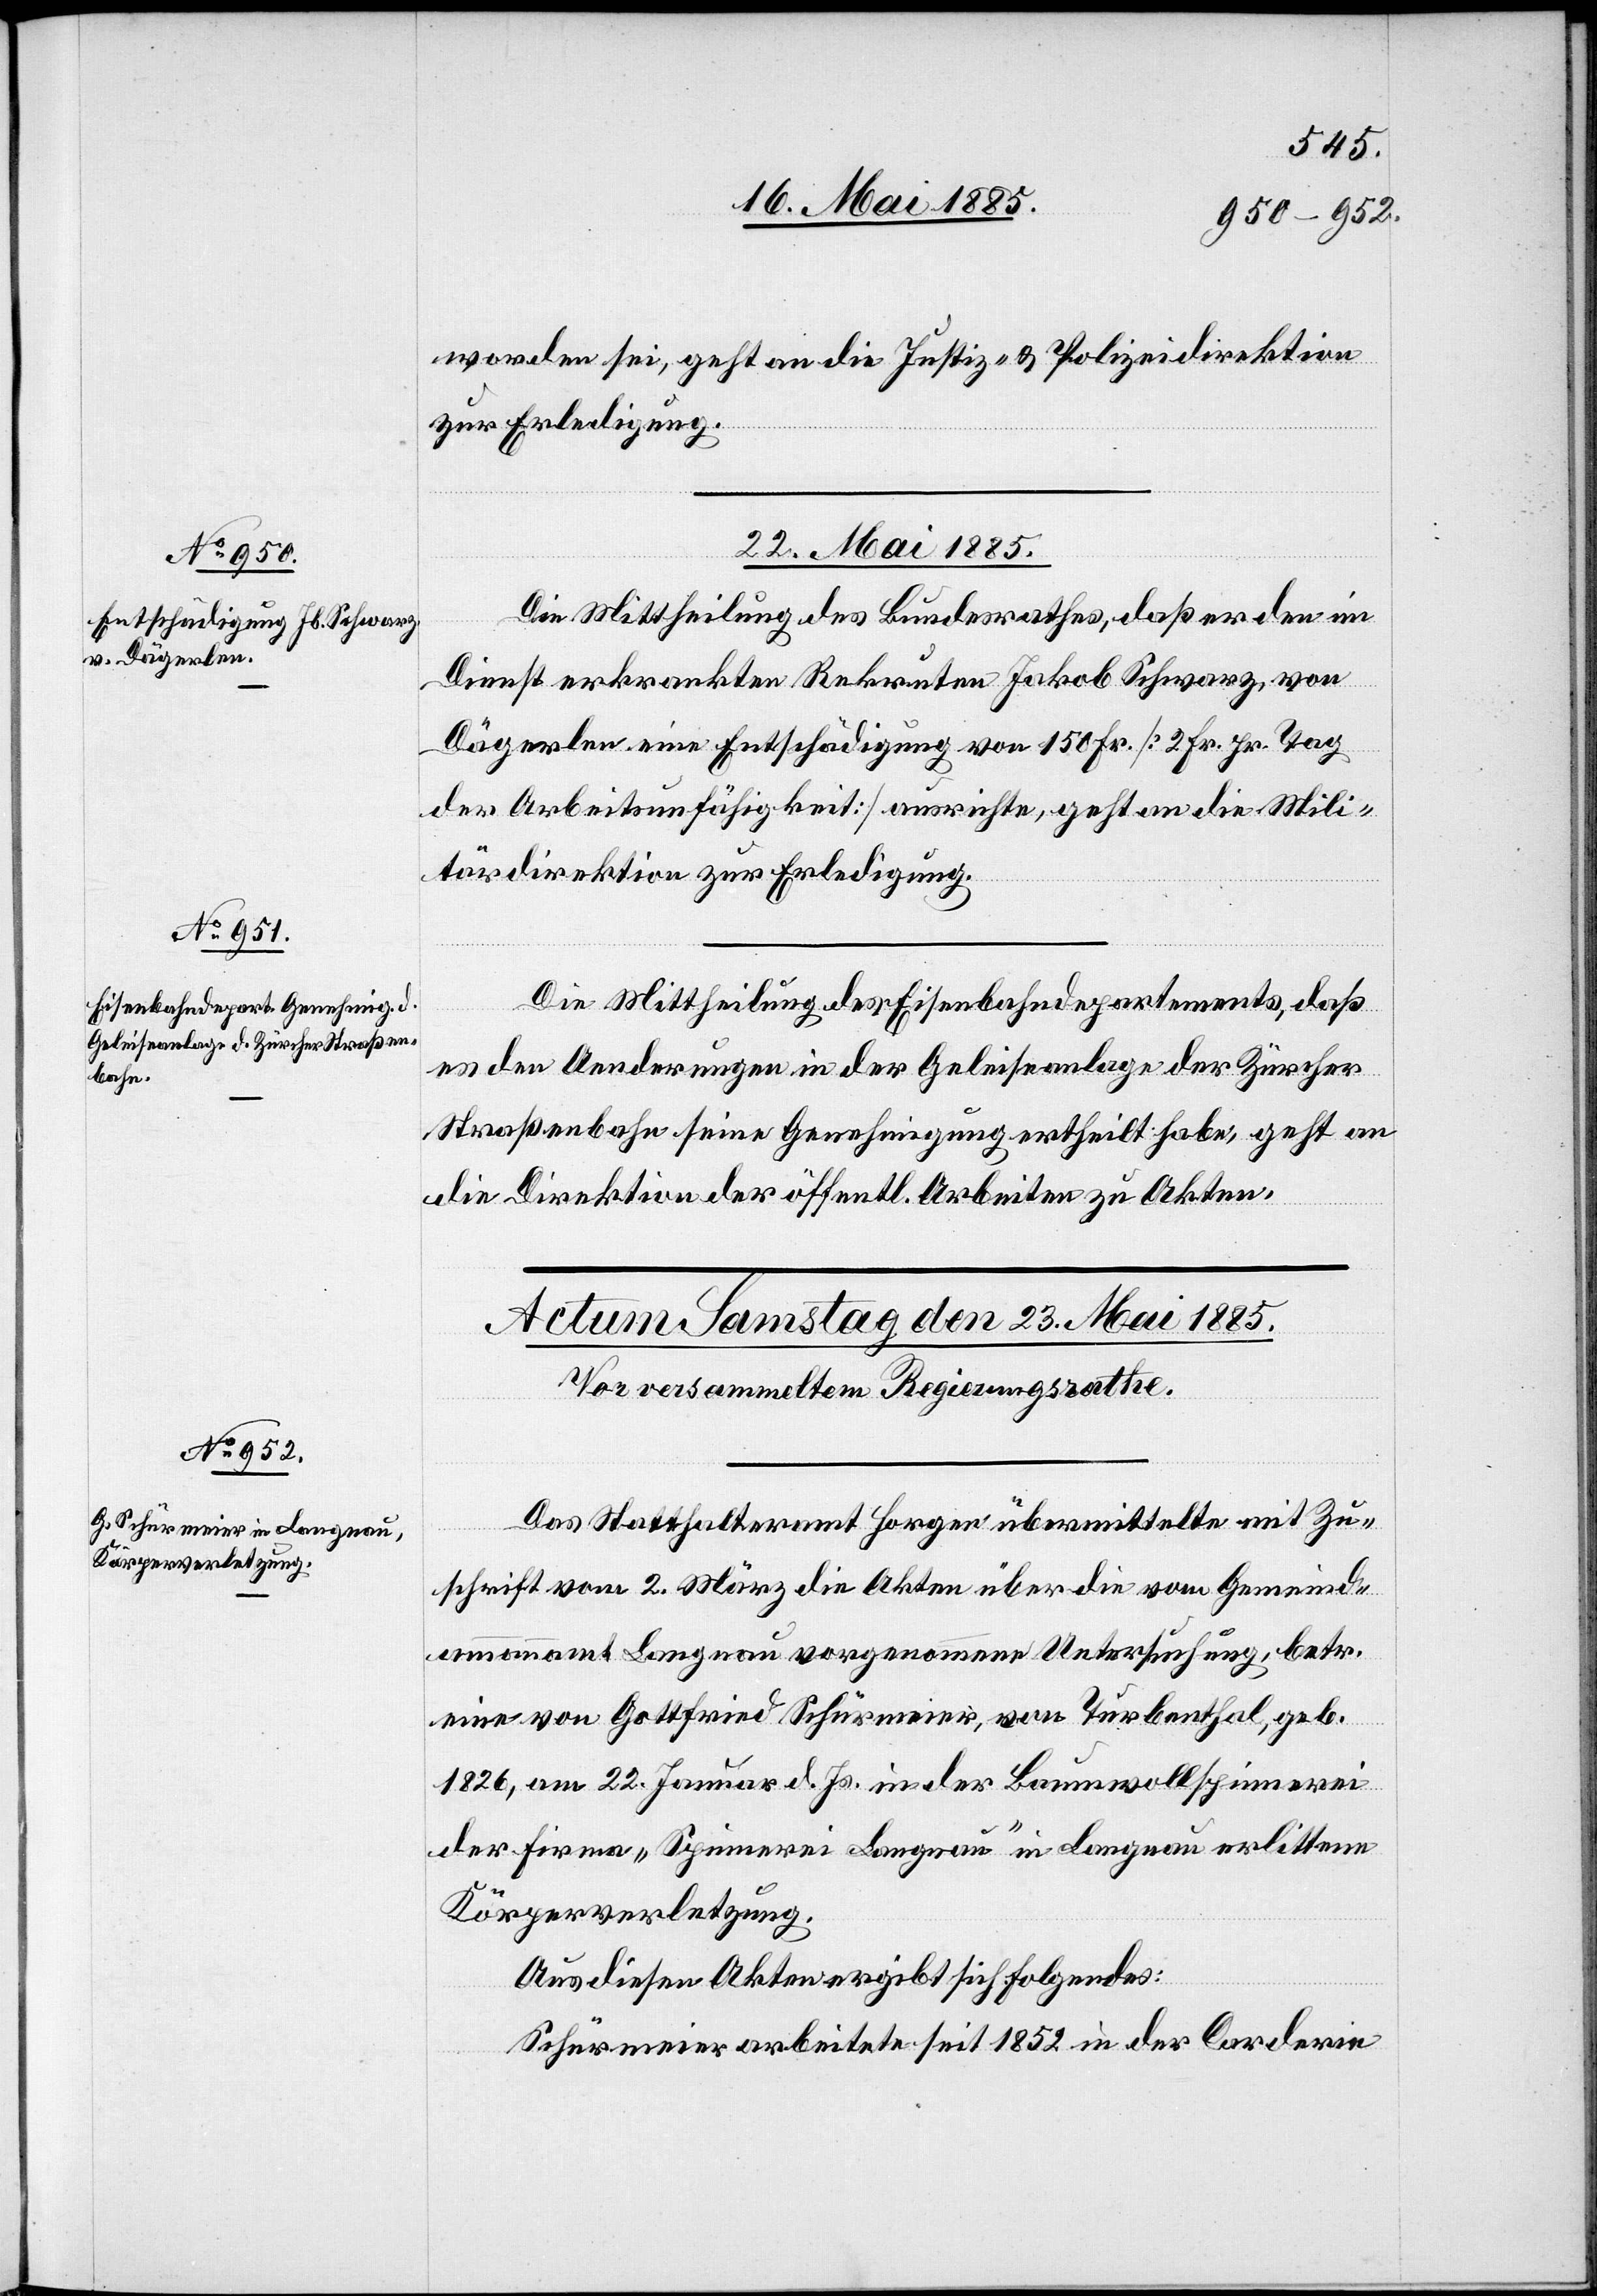
worden sei, geht an die Justiz- & Polizeidirektion
zur Erledigung.
22. Mai 1885.]
Die Mittheilung des Bundesrathes, daß er dem im
Dienst erkrankten Rekruten Jakob Schwarz, von
Dägerlen eine Entschädigung von 150 Fr. [2 Fr. pr. Tag
der Arbeitsunfähigkeit] ausrichte, geht an die Mili¬
tärdirektion zur Erledigung.
Die Mittheilung des Eisenbahndepartements, daß
es den Aenderungen in der Geleiseanlage der Zürcher
Straßenbahn seine Genehmigung ertheilt habe, geht an
die Direktion der öffentl. Arbeiten zu Akten.
Das Statthalteramt Horgen übermittelte mit Zu¬
schrift vom 2. März die Akten über die vom Gemeinde¬
ammannamt Langnau vorgenommene Untersuchung, betr.
eine von Gottfried Schürmeier, von Turbenthal, geb.
1826, am 22. Januar d. Js. in der Baumwollspinnerei
der Firma „Spinnerei Langnau“ in Langnau erlittene
Körperverletzung.
Aus diesen Akten ergibt sich folgendes:
Schürmeier arbeitete seit 1852 in der Corderie